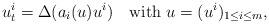
LaTeX: \begin{align*}u^i_t=\Delta (a_i(u)u^i) \quad\mbox{with } u=(u^i)_{1\leq i\leq m},\end{align*}